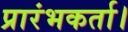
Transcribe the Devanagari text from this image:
प्रारंभकर्ता।